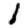
Digit: 1